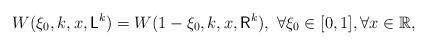
LaTeX: \begin{align*}W(\xi_0,k,x,\mathsf{L}^k)=W(1-\xi_0,k,x,\mathsf{R}^k), ~\forall \xi_0\in [0,1], \forall x\in\mathbb{R},\end{align*}